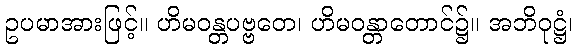
ဥပမာအားဖြင့်။ ဟိမဝန္တပဗ္ဗတေ၊ ဟိမဝန္တာတောင်၌။ အဘိဝုဋ္ဌံ၊